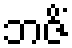
ဘဇိံ